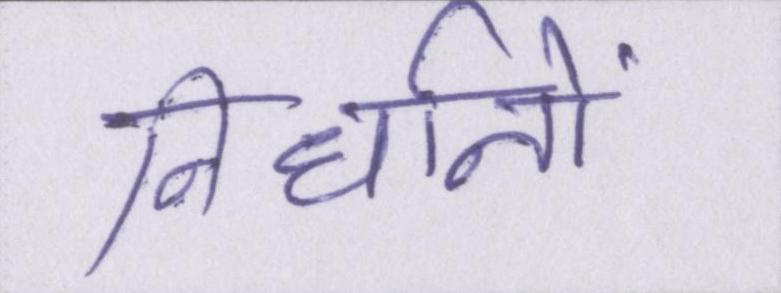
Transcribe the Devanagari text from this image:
निर्धानों